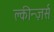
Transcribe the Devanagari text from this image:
क्लीन्ज़र्स